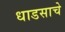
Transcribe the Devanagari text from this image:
धाडसाचे